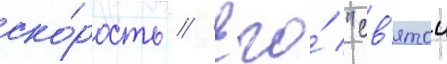
ско́рость // Его́ "св'ятои